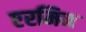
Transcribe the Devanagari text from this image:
एरमिन